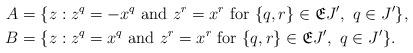
LaTeX: \begin{align*}A &= \{z:z^q=-x^q\mbox{ and }z^r=x^r\mbox{ for }\{q,r\}\in\mathfrak{E}J',~q\in J'\} ,\\B &= \{z:z^q=x^q\mbox{ and }z^r=x^r\mbox{ for }\{q,r\}\in\mathfrak{E}J',~q\in J'\}.\end{align*}